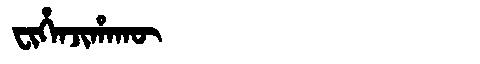
Manchu: ᠸᡳᡥᡝᠨᠵᡳᡥᠠᡴᡡ
Romanization: FIHENJIHAKŪ